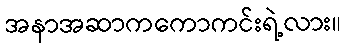
အနာအဆာကကောကင်းရဲ့လား။